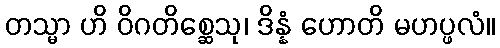
တသ္မာ ဟိ ဝိဂတိစ္ဆေသု၊ ဒိန္နံ ဟောတိ မဟပ္ဖလံ။